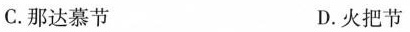
C.那达慕节 D.火把节